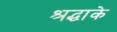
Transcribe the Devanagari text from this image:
श्रद्धाके